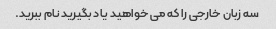
سه زبان خارجی را که می خواهید یاد بگیرید نام ببرید.